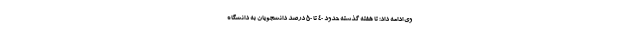
وی ادامه داد: تا هفته گذشته حدود ۴۰ تا ۵۰ درصد دانشجویان به دانشگاه